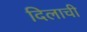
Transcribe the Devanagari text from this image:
दिलाची